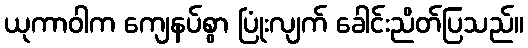
ယုကာဝါက ကျေနပ်စွာ ပြုံးလျက် ခေါင်းညိတ်ပြသည်။